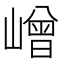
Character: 嶒